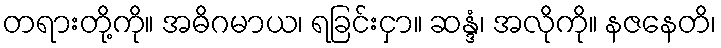
တရားတို့ကို။ အဓိဂမာယ၊ ရခြင်းငှာ။ ဆန္ဒံ၊ အလိုကို။ နဇနေတိ၊